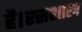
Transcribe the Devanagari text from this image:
है।रसशास्त्र